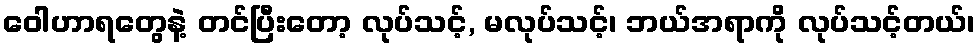
ဝေါဟာရတွေနဲ့ တင်ပြီးတော့ လုပ်သင့်, မလုပ်သင့်၊ ဘယ်အရာကို လုပ်သင့်တယ်၊